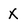
Character: X